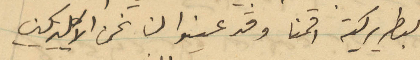
البطريركية اقمنا وقد عينوا لنا نحن الاكليريكيين